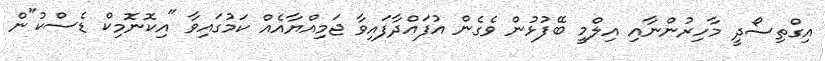
އިގްތިސޯދީ މާހިރުންނާއި އިލްމީ ބޭފުޅުން ވެގެން އުފައްދާފައިވާ ޖަމިއްޔާއެއް ކަމުގައިވާ "އިކޮނޮމިކް ޑެސްކު"ން